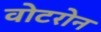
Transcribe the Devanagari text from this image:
वोटरोन